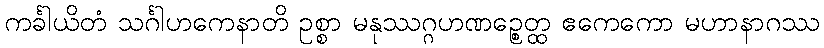
ကင်္ခါယိတံ သင်္ဂါဟကေနာတိ ဥစ္စာ မနုဿဂ္ဂဟဏဉ္စေတ္ထ ဧကေကော မဟာနာဂဿ